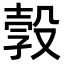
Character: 㝅